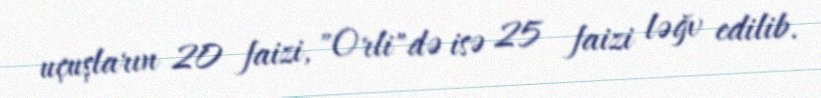
uçuşların 20 faizi, "Orli"də isə 25 faizi ləğv edilib.